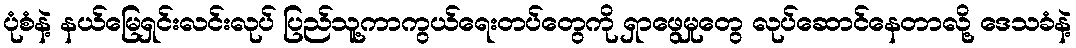
ပုံစံနဲ့ နယ်မြေရှင်းလင်းလုပ် ပြည်သူ့ကာကွယ်ရေးတပ်တွေကို ရှာဖွေမှုတွေ လုပ်ဆောင်နေတာလို့ ဒေသခံနဲ့